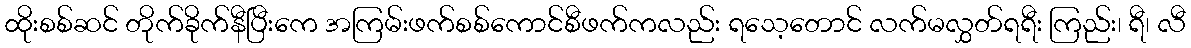
ထိုးစစ်ဆင် တိုက်ခိုက်နီပြီးကေ အကြမ်းဖက်စစ်ကောင်စီဖက်ကလည်း ရသေ့တောင် လက်မလွှတ်ရရီး ကြည်း၊ ရီ၊ လီ